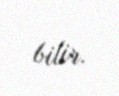
bilir.